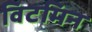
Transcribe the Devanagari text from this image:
विटमिन